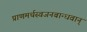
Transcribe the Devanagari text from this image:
प्राणमर्थस्वजनबान्धवान्